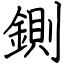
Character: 鍘